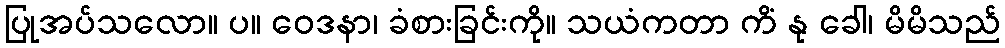
ပြုအပ်သလော။ ပ။ ဝေဒနာ၊ ခံစားခြင်းကို။ သယံကတာ ကိံ နု ခေါ၊ မိမိသည်